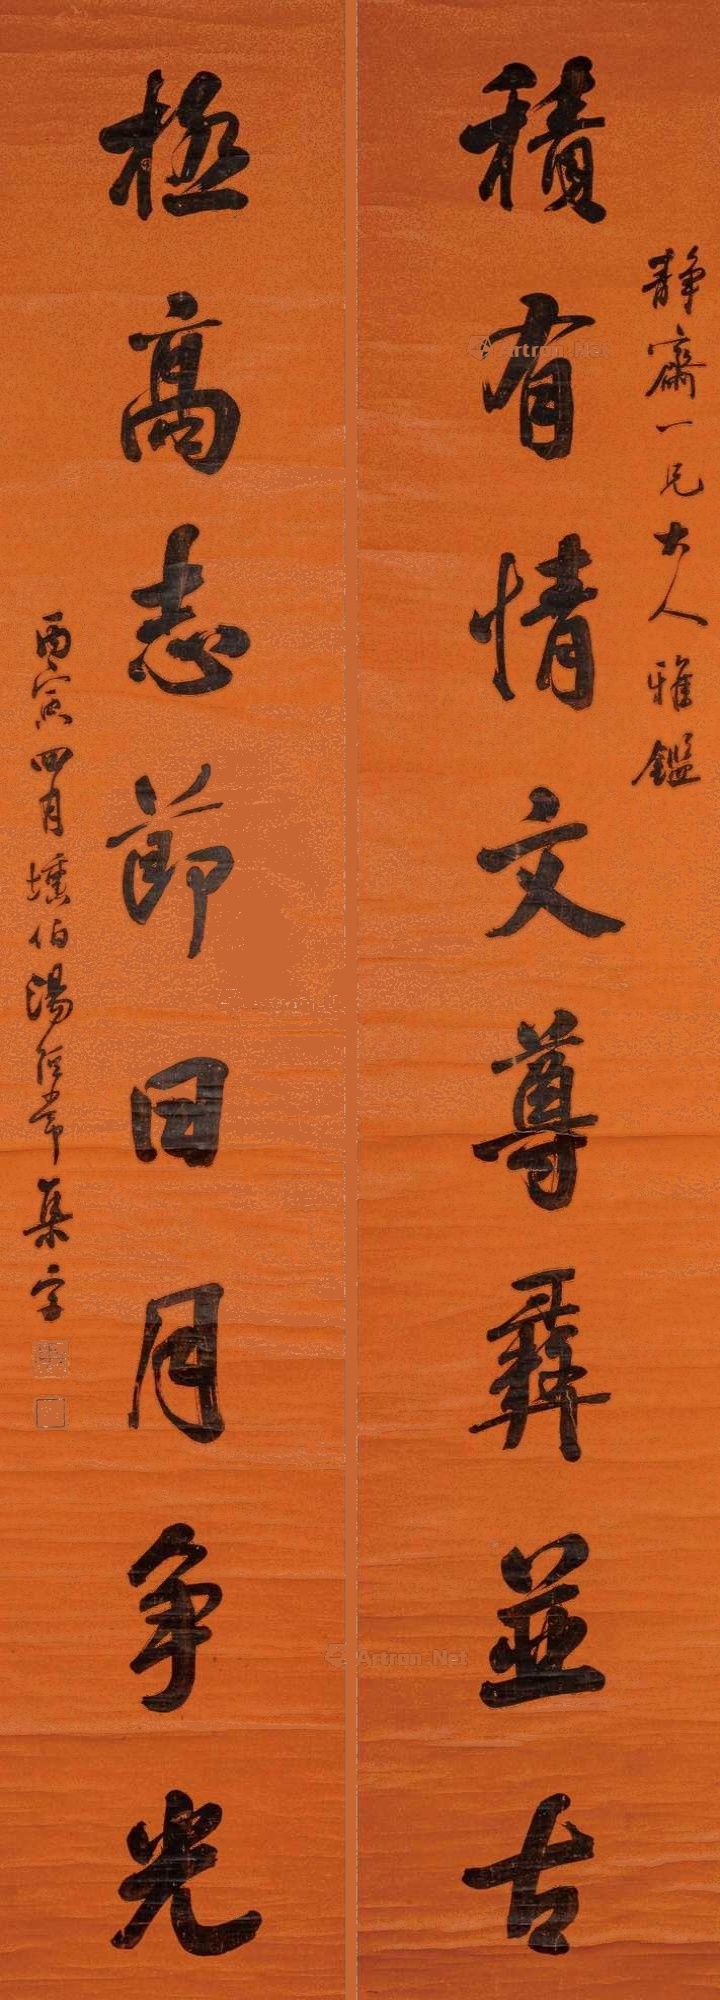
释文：积有情文尊彝并古，极高志节日月争光。静斋一兄大人雅鉴，丙寅四月，埙伯汤经常集字。